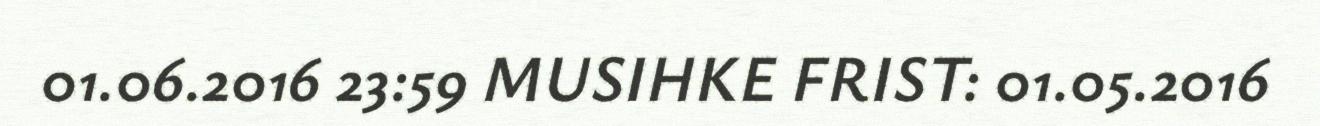
01.06.2016 23:59 MUSIHKE FRIST: 01.05.2016